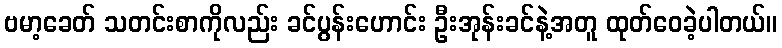
ဗမာ့ခေတ် သတင်းစာကိုလည်း ခင်ပွန်းဟောင်း ဦးအုန်းခင်နဲ့အတူ ထုတ်ဝေခဲ့ပါတယ်။